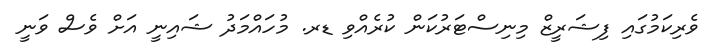
ވެރިކަމުގައި ފިޝަރީޒް މިނިސްޓަރުކަން ކުރެއްވި ޑރ. މުހައްމަދު ޝައިނީ އަށް ވެސް ވަނީ